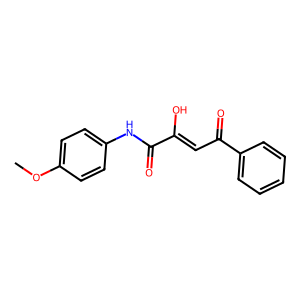
SMILES: COc1ccc(NC(=O)C(O)=CC(=O)c2ccccc2)cc1
Inhibits HIV replication: No